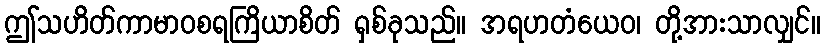
ဤသဟိတ်ကာမာဝစရကြိယာစိတ် ရှစ်ခုသည်။ အရဟတံယေဝ၊ တို့အားသာလျှင်။